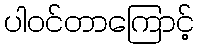
ပါဝင်တာကြောင့်